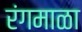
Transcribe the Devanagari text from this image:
रंगमाळा